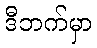
ဒီဘက်မှာ